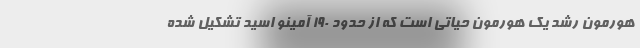
هورمون رشد یک هورمون حیاتی است که از حدود 190 آمینو اسید تشکیل شده